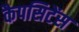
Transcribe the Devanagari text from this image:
कैपसिटेंस